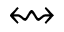
\leftrightsquigarrow